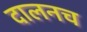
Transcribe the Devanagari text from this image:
दालनच